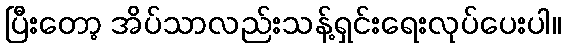
ပြီးတော့ အိပ်သာလည်းသန့်ရှင်းရေးလုပ်ပေးပါ။